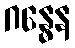
ဂန္ဓေန